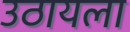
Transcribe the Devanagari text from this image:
उठायला